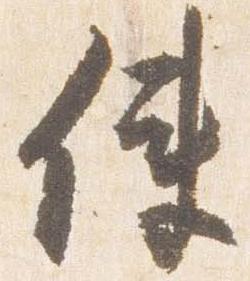
使